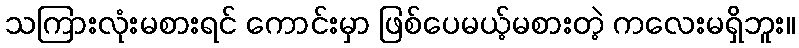
သကြားလုံးမစားရင် ကောင်းမှာ ဖြစ်ပေမယ့်မစားတဲ့ ကလေးမရှိဘူး။